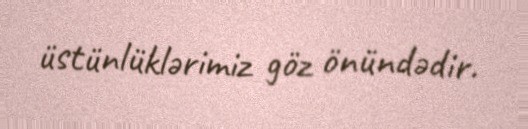
üstünlüklərimiz göz önündədir.